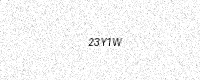
Text: 23Y1W